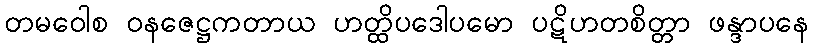
တမဝေါစ ဝနဇေဋ္ဌကတာယ ဟတ္ထိပဒေါပမော ပဋိဟတစိတ္တာ ဖန္ဒာပနေ